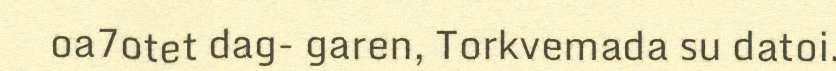
oa7otet dag- garen, Torkvemada su datoi.